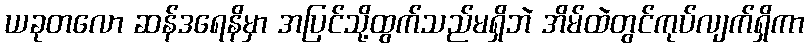
ယခုတလော ဆန်ဒရေနိမှာ အပြင်သို့ထွက်သည်မရှိဘဲ အိမ်ထဲတွင်ကုပ်လျက်ရှိကာ